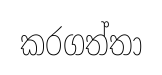
කරගත්තා